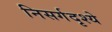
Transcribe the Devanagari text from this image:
निसर्गदृश्ये